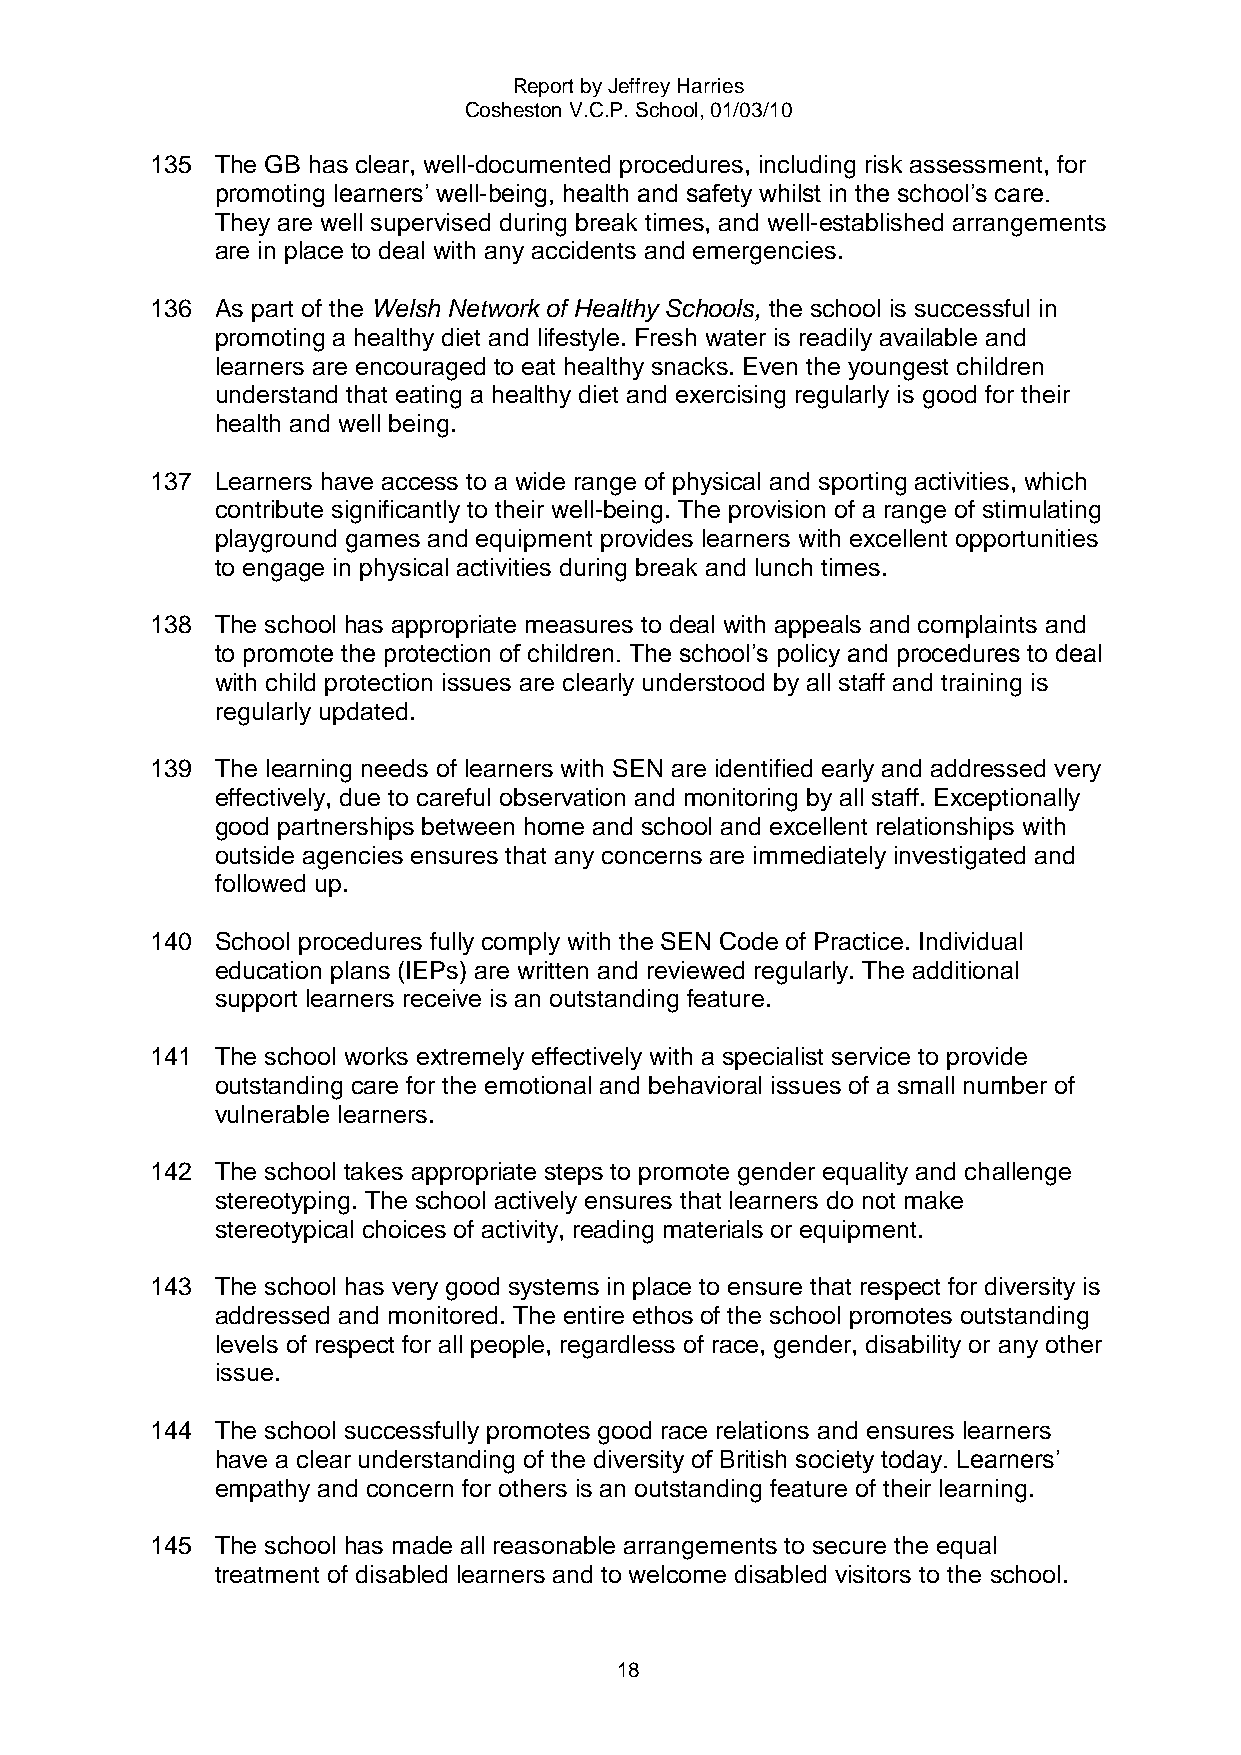
Report by Jeffrey Harries
 Cosheston V.C.P. School, 01/03/10
 135 The GB has clear, well-documented procedures, including risk assessment, for
 promoting learners‟ well-being, health and safety whilst in the school‟s care.
 They are well supervised during break times, and well-established arrangements
 are in place to deal with any accidents and emergencies.
 136 As part of the Welsh Network of Healthy Schools, the school is successful in
 promoting a healthy diet and lifestyle. Fresh water is readily available and
 learners are encouraged to eat healthy snacks. Even the youngest children
 understand that eating a healthy diet and exercising regularly is good for their
 health and well being.
 137 Learners have access to a wide range of physical and sporting activities, which
 contribute significantly to their well-being. The provision of a range of stimulating
 playground games and equipment provides learners with excellent opportunities
 to engage in physical activities during break and lunch times.
 138 The school has appropriate measures to deal with appeals and complaints and
 to promote the protection of children. The school‟s policy and procedures to deal
 with child protection issues are clearly understood by all staff and training is
 regularly updated.
 139 The learning needs of learners with SEN are identified early and addressed very
 effectively, due to careful observation and monitoring by all staff. Exceptionally
 good partnerships between home and school and excellent relationships with
 outside agencies ensures that any concerns are immediately investigated and
 followed up.
 140 School procedures fully comply with the SEN Code of Practice. Individual
 education plans (IEPs) are written and reviewed regularly. The additional
 support learners receive is an outstanding feature.
 141 The school works extremely effectively with a specialist service to provide
 outstanding care for the emotional and behavioral issues of a small number of
 vulnerable learners.
 142 The school takes appropriate steps to promote gender equality and challenge
 stereotyping. The school actively ensures that learners do not make
 stereotypical choices of activity, reading materials or equipment.
 143 The school has very good systems in place to ensure that respect for diversity is
 addressed and monitored. The entire ethos of the school promotes outstanding
 levels of respect for all people, regardless of race, gender, disability or any other
 issue.
 144 The school successfully promotes good race relations and ensures learners
 have a clear understanding of the diversity of British society today. Learners‟
 empathy and concern for others is an outstanding feature of their learning.
 145 The school has made all reasonable arrangements to secure the equal
 treatment of disabled learners and to welcome disabled visitors to the school.
 18